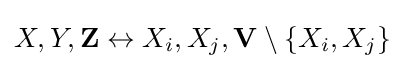
X,Y,\mathbf {Z} \leftrightarrow X_{i},X_{j},\mathbf {V} \setminus \{X_{i},X_{j}\}